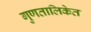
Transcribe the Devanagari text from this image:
गुणतालिकेत